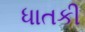
ધાતકી